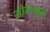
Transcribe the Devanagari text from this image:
सोन्याशी